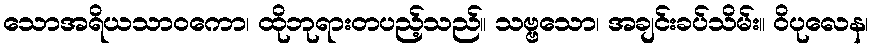
သောအရိယသာဝကော၊ ထိုဘုရားတပည့်သည်။ သဗ္ဗသော၊ အချင်းခပ်သိမ်း။ ဝိပုလေန၊